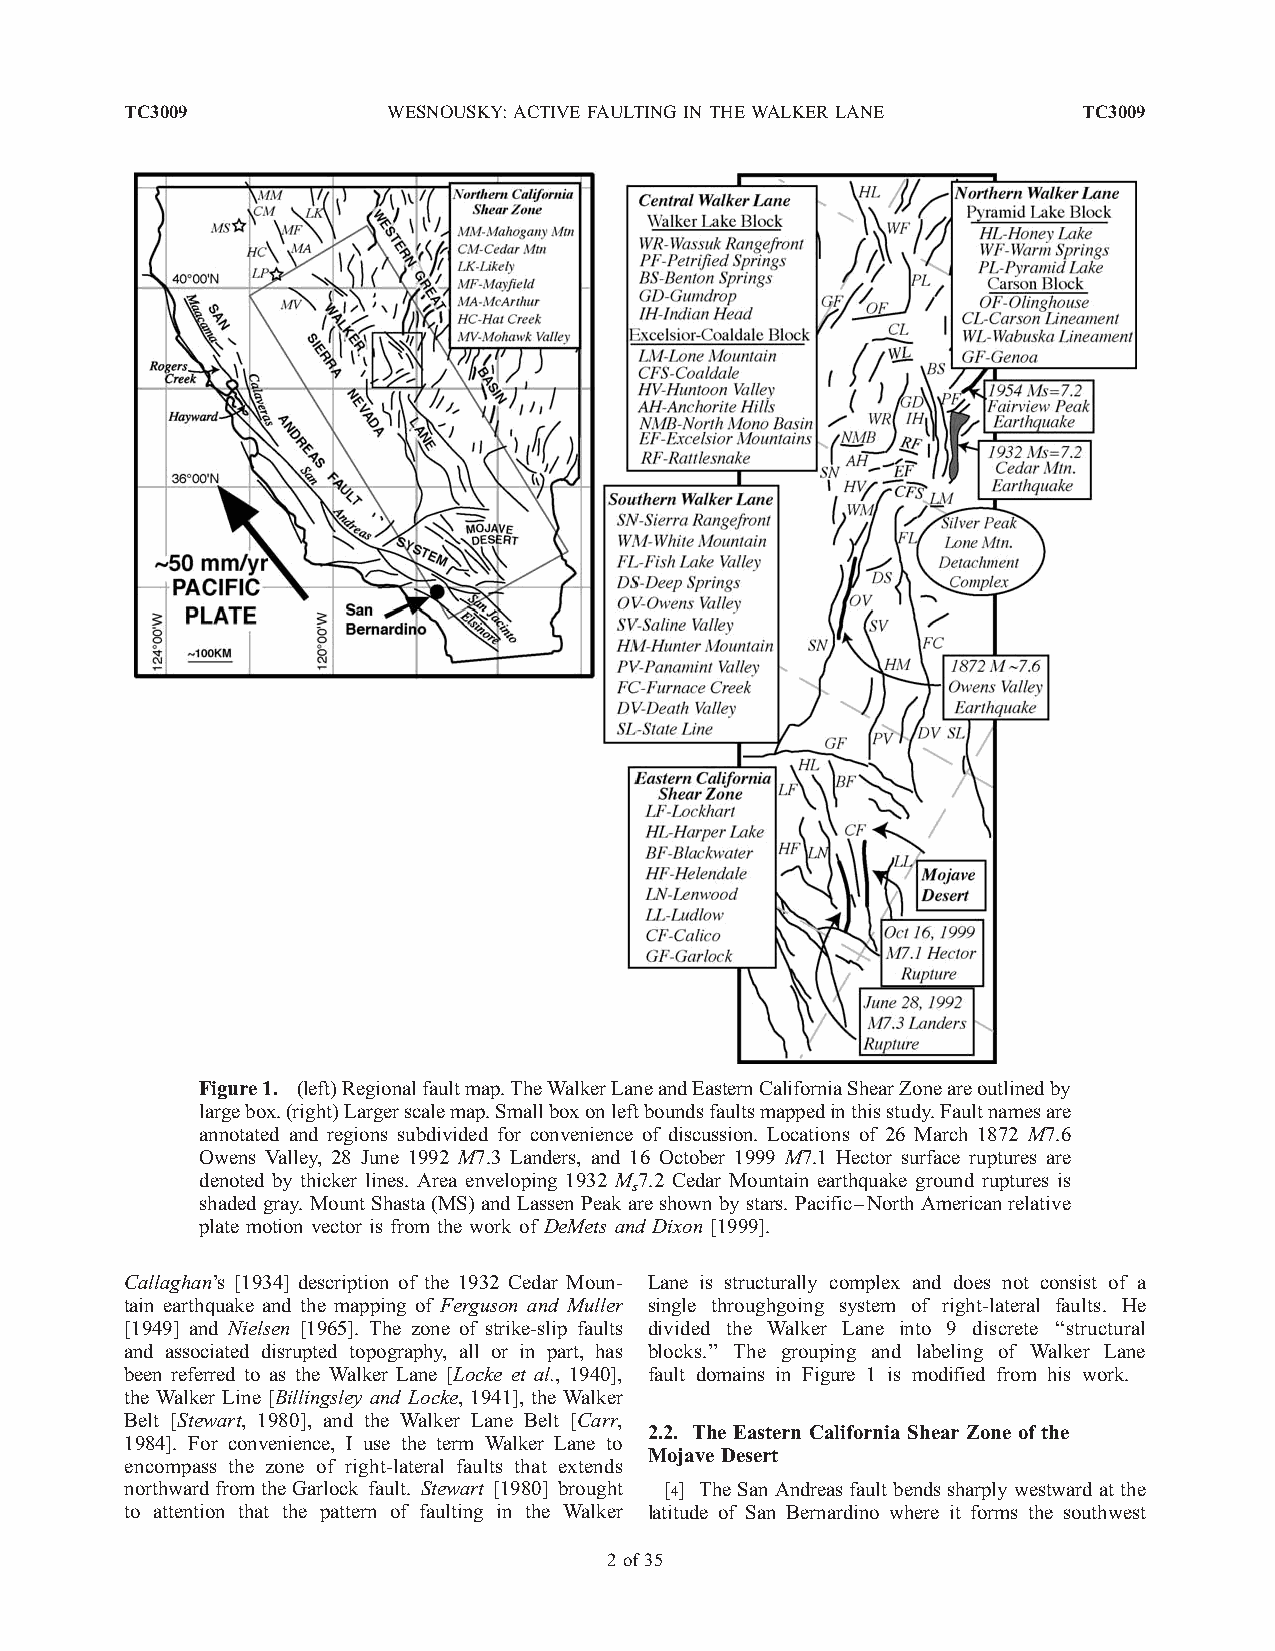
TC3009            WESNOUSKY: ACTIVEFAULTINGIN THEWALKERLANE     TC3009
 Figure1. (left)Regionalfaultmap.TheWalkerLaneandEasternCaliforniaShearZoneareoutlinedby
 largebox.(right)Largerscalemap.Smallboxonleftboundsfaultsmappedinthisstudy.Faultnamesare
 annotated and regions subdivided for convenience of discussion. Locations of 26 March 1872 M7.6
 Owens Valley, 28 June 1992 M7.3 Landers, and 16 October 1999 M7.1 Hector surface ruptures are
 denoted by thicker lines. Area enveloping 1932 M7.2 Cedar Mountain earthquake ground ruptures is
 s
 shaded gray. Mount Shasta (MS) and LassenPeak are shown by stars. Pacific–North Americanrelative
 plate motion vector is from the work of DeMets and Dixon [1999].
 Callaghan’s [1934] description of the 1932 Cedar Moun- Lane is structurally complex and does not consist of a
 tain earthquake and the mapping of Ferguson and Muller single throughgoing system of right-lateral faults. He
 [1949] and Nielsen [1965]. The zone of strike-slip faults divided the Walker Lane into 9 discrete ‘‘structural
 and associated disrupted topography, all or in part, has blocks.’’ The grouping and labeling of Walker Lane
 been referred to as the Walker Lane [Locke et al., 1940], fault domains in Figure 1 is modified from his work.
 the Walker Line [Billingsley and Locke, 1941], the Walker
 Belt [Stewart, 1980], and the Walker Lane Belt [Carr,
 2.2. The Eastern California Shear Zone of the
 1984]. For convenience, I use the term Walker Lane to
 Mojave Desert
 encompass the zone of right-lateral faults that extends
 northwardfromtheGarlock fault. Stewart [1980] brought [4] TheSanAndreas faultbendssharplywestwardatthe
 to attention that the pattern of faulting in the Walker latitude of San Bernardino where it forms the southwest
 2 of 35